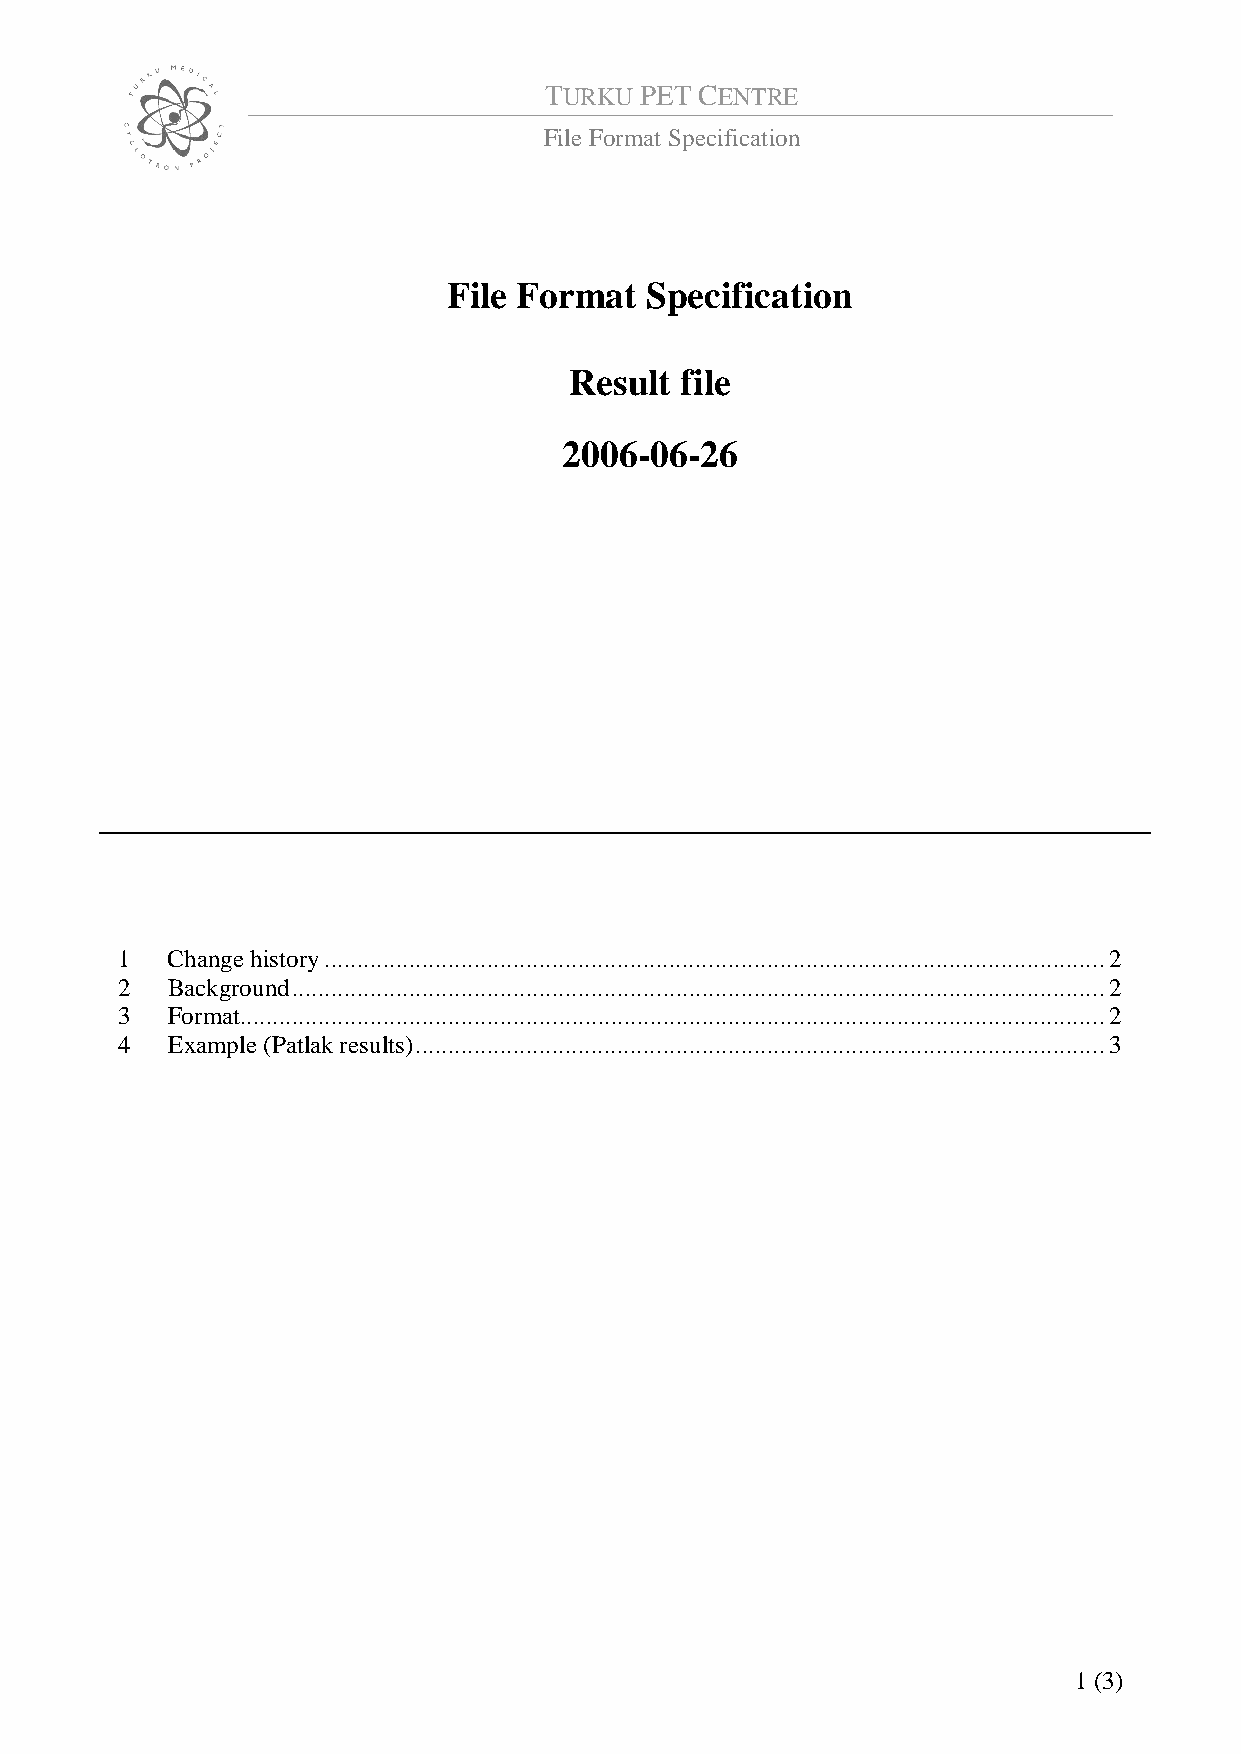
TURKU PET CENTRE
 File Format Specification
 File Format  Specification
 Result file
 2006-06-26
 1  Change history........................................................................................................................2
 2  Background.............................................................................................................................2
 3  Format.....................................................................................................................................2
 4  Example (Patlak results)..........................................................................................................3
 1 (3)